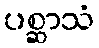
ပစ္ဆာသံ